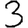
Digit: 3